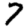
Digit: 7